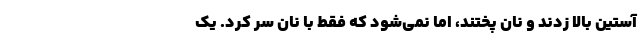
آستین بالا زدند و نان پختند، اما نمی‌شود که فقط با نان سر کرد. یک